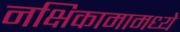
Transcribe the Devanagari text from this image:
नक्षिकामामध्ये